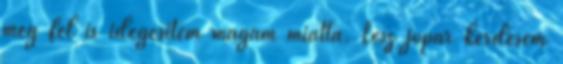
még fel is idegesítem magam miatta. Lesz jópàr kérdésem